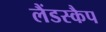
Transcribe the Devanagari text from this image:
लैंडस्कैप